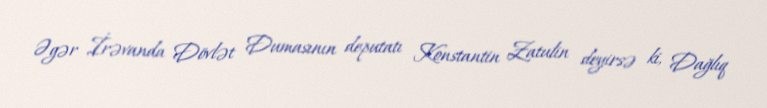
Əgər İrəvanda Dövlət Dumasının deputatı Konstantin Zatulin deyirsə ki, Dağlıq